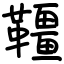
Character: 韁